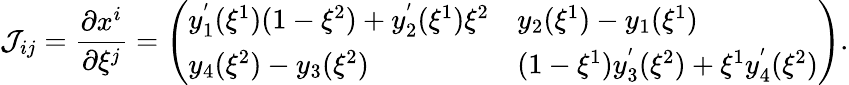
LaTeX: \mathcal{J}_{ij}=\frac{\partial x^{i}}{\partial\xi^{j}}=\left(\begin{array}{ll}{y_{1}^{'}(\xi^{1})(1-\xi^{2})+y_{2}^{'}(\xi^{1})\xi^{2}}&{y_{2}(\xi^{1})-y_{1}(\xi^{1})}\\ {y_{4}(\xi^{2})-y_{3}(\xi^{2})}&{(1-\xi^{1})y_{3}^{'}(\xi^{2})+\xi^{1}y_{4}^{'}(\xi^{2})}\end{array}\right).